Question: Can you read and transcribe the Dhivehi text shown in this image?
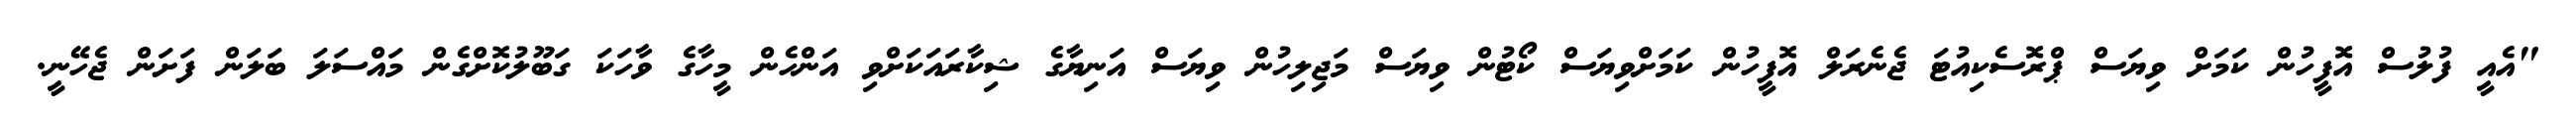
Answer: "އެއީ ފުލުސް އޮފީހުން ކަމަށް ވިޔަސް ޕްރޮސެކިއުޓަ ޖެނެރަލް އޮފީހުން ކަމަށްވިޔަސް ކޯޓުން ވިޔަސް މަޖިލިހުން ވިޔަސް އަނިޔާގެ ޝިކާރައަކަށްވި އަންހެން މީހާގެ ވާހަކަ ގަބޫލުކޮށްގެން މައްސަލަ ބަލަން ފަށަން ޖެހޭނީ.